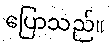
ပြောသည်။